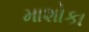
માશોકા